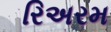
રિઅરમ